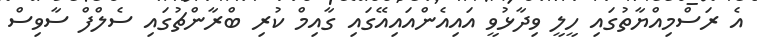
އެ ރަސްމިއްޔާތުގައި ހީލީ ވިދާޅުވީ އައިއެންއައިއޭގައި ގާއިމް ކުރި ބްރާންޗުގައި ސެލްފް ސާވިސް